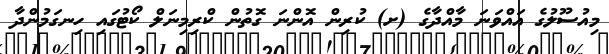
މިއުސޫލުގެ އައްވަނަ މާއްދާގެ (ށ) ކުރިން އޮންނަ ގޮތުން ކްރިމިނަލް ކޯޓުގައި ހިނގަމުންދާ